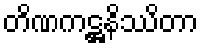
တိဏကဋ္ဌနိဿိတာ